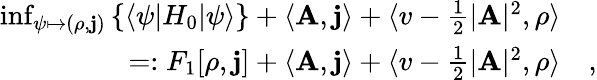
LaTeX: \begin{array}{rl}{\operatorname*{inf}_{\psi\mapsto(\rho,\mathbf{j})}\left\{ \langle\psi|H_{0}|\psi\rangle\right\} +\langle\mathbf{A},\mathbf{j}\rangle+\langle v-\frac 12\vert\mathbf{A}\vert^{2},\rho\rangle}&{{}}\\ {=:F_{1}[\rho,\mathbf{j}]+\langle\mathbf{A},\mathbf{j}\rangle+\langle v-\frac 12\vert\mathbf{A}\vert^{2},\rho\rangle}&{{},}\end{array}